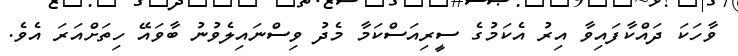
ވާހަކަ ދައްކާފައިވާ އިރު އެކަމުގެ ސީރިއަސްކަމާ މެދު ވިސްނައިލެވުނު ބާވައޭ ހިތަށްއަރަ އެވެ.